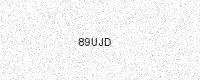
Text: 89UJD